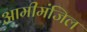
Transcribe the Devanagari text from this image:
आमीमंजिल